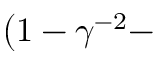
\left( 1 - \gamma ^ { - 2 } - \right.